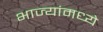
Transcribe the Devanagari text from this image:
भाज्यांमध्ये